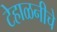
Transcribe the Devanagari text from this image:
टेहाळनीचे